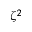
\zeta ^ { 2 }